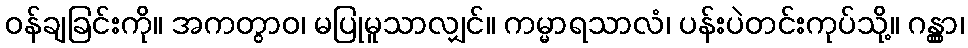
ဝန်ချခြင်းကို။ အကတွာဝ၊ မပြုမူသာလျှင်။ ကမ္မာရသာလံ၊ ပန်းပဲတင်းကုပ်သို့။ ဂန္တွာ၊